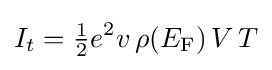
I_{t}={\tfrac {1}{2}}e^{2}v\,\rho (E_{\text{F}})\,V\,T